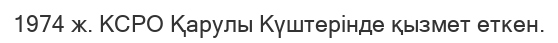
1974 ж. КСРО Қарулы Күштерінде қызмет еткен.